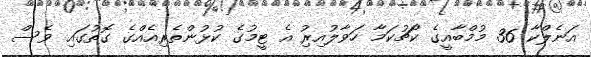
އަނެލްކާ 36 މުމްބާއީގެ ކޯޗުކަމާ ހަވާލުއިރިު އެ ޓީމުގެ ކުޅުންތެރިއެއްގެ ގޮތުގައި ވެސް